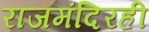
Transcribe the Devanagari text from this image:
राजमंदिरही